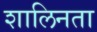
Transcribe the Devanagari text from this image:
शालिनता